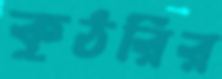
কুঠরির